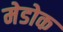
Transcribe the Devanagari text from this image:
मेडोक